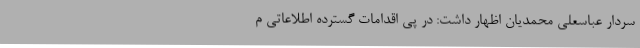
سردار عباسعلی محمدیان اظهار داشت: در پی اقدامات گسترده اطلاعاتی م